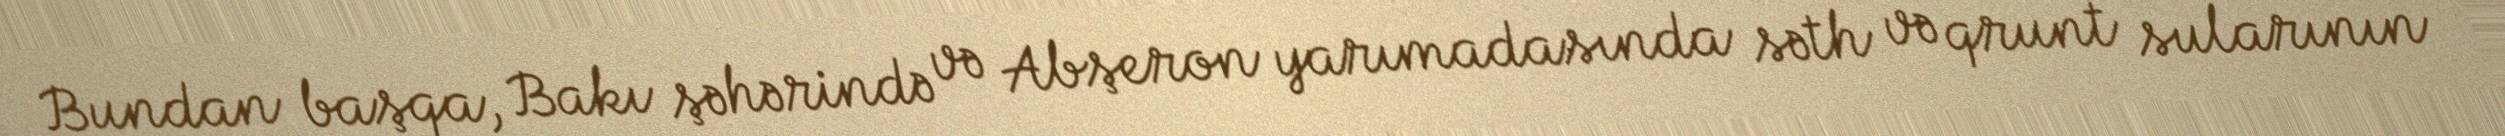
Bundan başqa, Bakı şəhərində və Abşeron yarımadasında səth və qrunt sularının